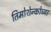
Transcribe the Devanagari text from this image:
तिमोशेन्कोच्या